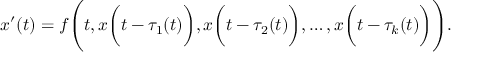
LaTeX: x ^ { \prime } ( t ) = f { \Biggl ( } t , x { \biggl ( } t - \tau _ { 1 } ( t ) { \biggr ) } , x { \biggl ( } t - \tau _ { 2 } ( t ) { \biggr ) } , \ldots , x { \biggl ( } t - \tau _ { k } ( t ) { \biggr ) } { \Biggr ) } .